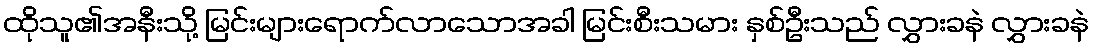
ထိုသူ၏အနီးသို့ မြင်းများရောက်လာသောအခါ မြင်းစီးသမား နှစ်ဦးသည် လွှားခနဲ လွှားခနဲ